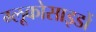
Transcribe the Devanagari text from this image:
ग्लूकोसाइडों